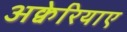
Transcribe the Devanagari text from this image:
अक्वेरियाए